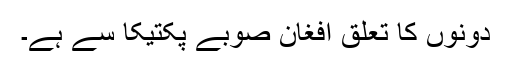
دونوں کا تعلق افغان صوبے پکتیکا سے ہے۔